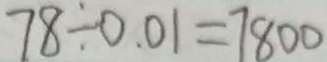
7 8 \div 0 . 0 1 = 7 8 0 0